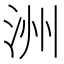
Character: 洲